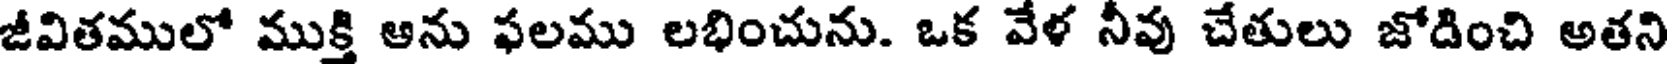
జీవితములో ముక్తి ఆను ఫలము లభించును. ఒక వేళ నీవు చేతులు జోడించి అతని